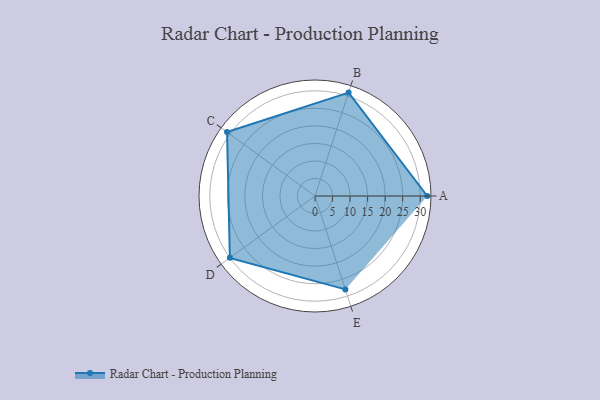
{"axis": {"x": "Skill", "y": "Score"}, "legend": ["Profile"], "data": [{"x": "A", "y": 32.0, "type": "Profile"}, {"x": "B", "y": 31.0, "type": "Profile"}, {"x": "C", "y": 31.0, "type": "Profile"}, {"x": "D", "y": 30.0, "type": "Profile"}, {"x": "E", "y": 28.0, "type": "Profile"}]}